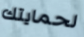
لحمايتك